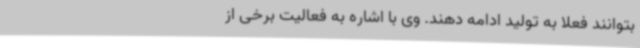
بتوانند فعلاً به تولید ادامه دهند. وی با اشاره به فعالیت برخی از